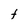
Character: t